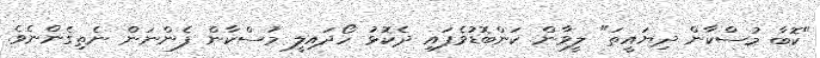
"ކޮބާ މުސްކާން ދިޔައީތަ" ލީވާން ކަންބޮޑުވެފައި ދެކޮޅު ހޯދައިލީ މުސްކާން ފެންނަން ނެތިގެންނެވެ.